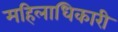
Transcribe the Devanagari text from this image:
महिलाधिकारी